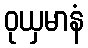
ဝုယှမာနံ